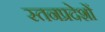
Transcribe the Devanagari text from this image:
स्तनप्रदेशों